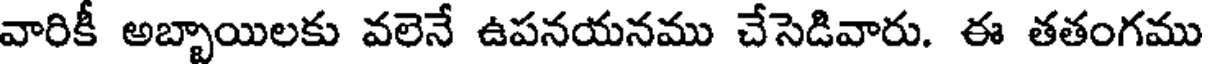
వారికీ అబ్బాయిలకు వలెనే ఉపనయనము చేసెడివారు. ఈ తతంగము